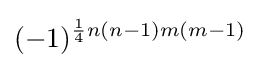
(-1)^{{\frac {1}{4}}n(n-1)m(m-1)}